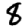
Digit: 8